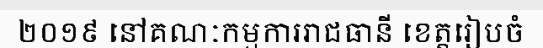
២០១៩ នៅគណៈកម្មការរាជធានី ខេត្តរៀបចំ